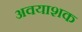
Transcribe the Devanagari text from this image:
अवयाशक